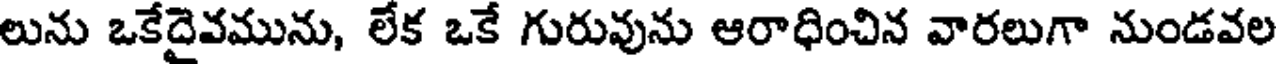
లును ఒకేదైవమును, లేక ఒకే గురువును ఆరాధించిన వారలుగా నుండవల